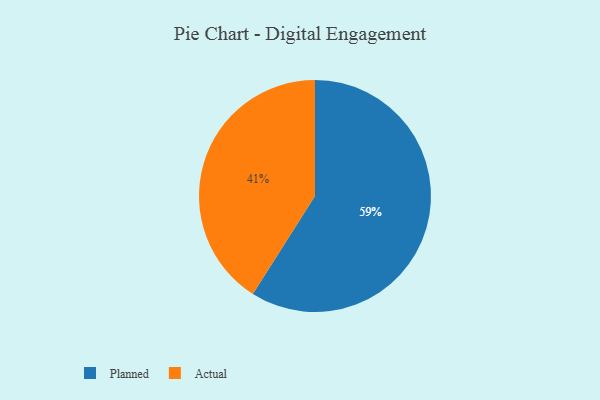
{"axis": {"x": "Category", "y": "Percentage"}, "legend": ["Actual", "Planned"], "data": [{"x": "Planned", "y": 59, "type": "Planned"}, {"x": "Actual", "y": 41, "type": "Actual"}]}